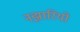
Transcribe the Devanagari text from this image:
नझारियो